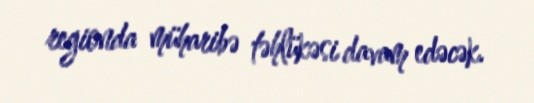
regionda müharibə təhlükəsi davam edəcək.